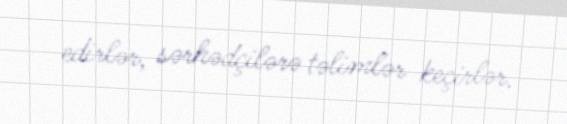
edirlər, sərhədçilərə təlimlər keçirlər.